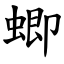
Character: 蝍